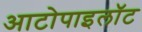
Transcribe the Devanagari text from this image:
आटोपाइलॉट